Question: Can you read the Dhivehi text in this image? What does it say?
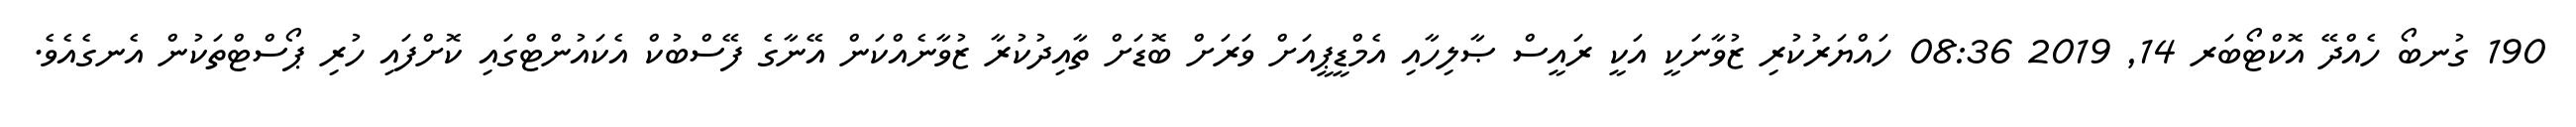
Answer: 190 ގުނބޯ ހެއްދޭ އޮކްޓޯބަރ 14, 2019 08:36 ހައްޔަރުކުރި ޒުވާނަކީ އަކީ ރައީސް ޞާލިހާއި އެމްޑީޕީއަށް ވަރަށް ބޮޑަށް ތާއިދުކުރާ ޒުވާނެއްކަން އޭނާގެ ފޭސްބުކް އެކައުންޓްގައި ކޮށްފައި ހުރި ޕޯސްޓްތަކުން އެނގެއެވެ.